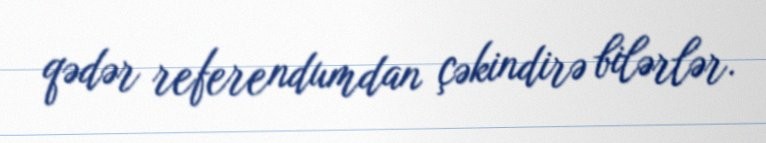
qədər referendumdan çəkindirə bilərlər.